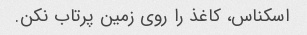
اسکناس، کاغذ را روی زمین پرتاب نکن.